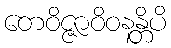
တေဝိဇ္ဇာဝိဝနန္တိပိ